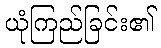
ယုံကြည်ခြင်း၏